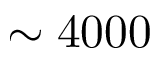
\sim 4 0 0 0